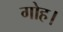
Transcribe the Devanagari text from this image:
गोह।